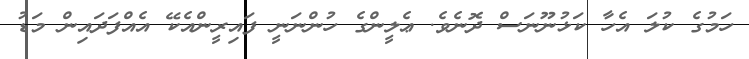
ހަމުގެ ކުލަ އެހާ ކަޅުނޫނަސް ދޮނެވެ. ޢެލީންގެ ހުންނަނީ ފައިރީންއެކޭ އެއްފަދައިން މަޑު